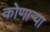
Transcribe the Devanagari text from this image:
कोणार्‍या